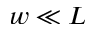
w \ll L